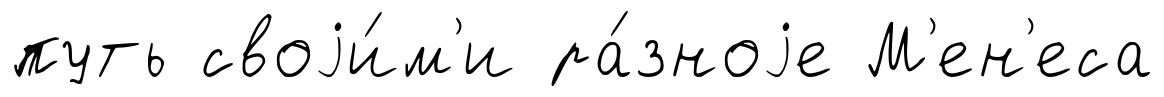
путь своjи́м'и ра́зноjе М'ен'еса